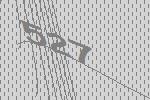
527